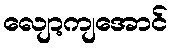
လျော့ကျအောင်